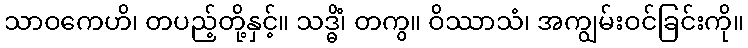
သာဝကေဟိ၊ တပည့်တို့နှင့်။ သဒ္ဓိံ၊ တကွ။ ဝိဿာသံ၊ အကျွမ်းဝင်ခြင်းကို။